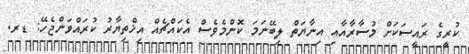
ކުރީގެ ރައީސަކަށް މުސާރާއާއި އިނާޔަތް ލިބޭނަމަ ކޮންމެވެސް އެކައްޗެއް އިޚްތިޔާރު ކުރައްވަންޖެހޭ: ޑރ.